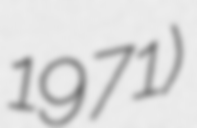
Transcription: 1971)